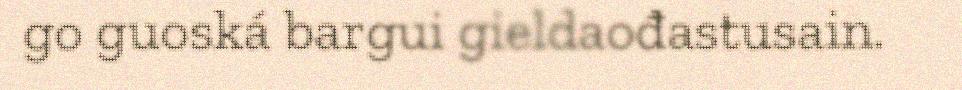
go guoská bargui gieldaođastusain.